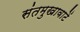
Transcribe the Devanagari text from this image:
संतमुखावाटें